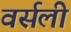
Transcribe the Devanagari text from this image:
वर्सली